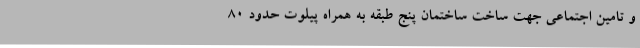
و تامین اجتماعی جهت ساخت ساختمان پنج طبقه به همراه پیلوت حدود 80